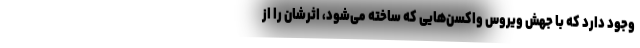
وجود دارد که با جهش ویروس واکسن‌هایی که ساخته می‌شود، اثرشان را از